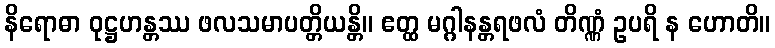
နိရောဓာ ဝုဋ္ဌဟန္တဿ ဖလသမာပတ္တိယန္တိ။ ဧတ္ထ မဂ္ဂါနန္တရဖလံ တိဏ္ဏံ ဥပရိ န ဟောတိ။